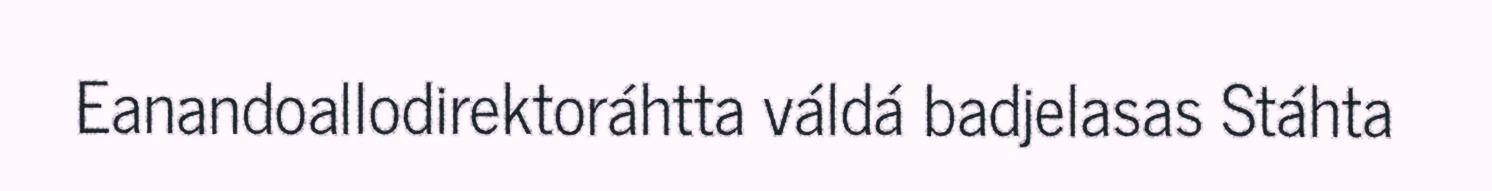
Eanandoallodirektoráhtta váldá badjelasas Stáhta